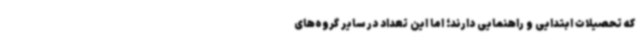
که تحصیلات ابتدایی و راهنمایی دارند؛ اما این تعداد در سایر گروه‌های